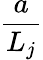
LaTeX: \frac{a}{L_{j}}